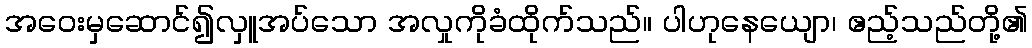
အဝေးမှဆောင်၍လှူအပ်သော အလှုကိုခံထိုက်သည်။ ပါဟုနေယျော၊ ဧည့်သည်တို့၏